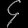
Digit: ၄